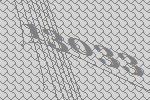
13033